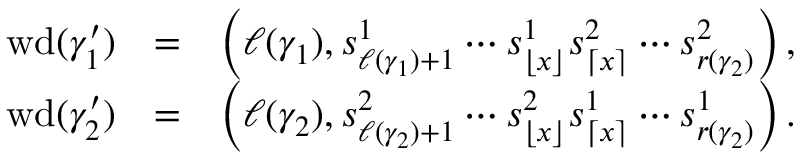
\begin{array} { r l r } { \mathrm { w d } ( \gamma _ { 1 } ^ { \prime } ) } & { = } & { \left( \ell ( \gamma _ { 1 } ) , s _ { \ell ( \gamma _ { 1 } ) + 1 } ^ { 1 } \cdots s _ { \lfloor x \rfloor } ^ { 1 } s _ { \lceil x \rceil } ^ { 2 } \cdots s _ { r ( \gamma _ { 2 } ) } ^ { 2 } \right) , } \\ { \mathrm { w d } ( \gamma _ { 2 } ^ { \prime } ) } & { = } & { \left( \ell ( \gamma _ { 2 } ) , s _ { \ell ( \gamma _ { 2 } ) + 1 } ^ { 2 } \cdots s _ { \lfloor x \rfloor } ^ { 2 } s _ { \lceil x \rceil } ^ { 1 } \cdots s _ { r ( \gamma _ { 2 } ) } ^ { 1 } \right) . } \end{array}